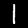
Label: 1